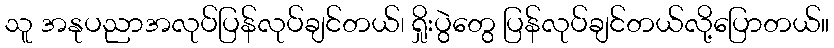
သူ အနုပညာအလုပ်ပြန်လုပ်ချင်တယ်၊ ရှိုးပွဲတွေ ပြန်လုပ်ချင်တယ်လို့ပြောတယ်။